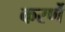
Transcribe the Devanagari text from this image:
करर्णे